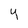
Character: y